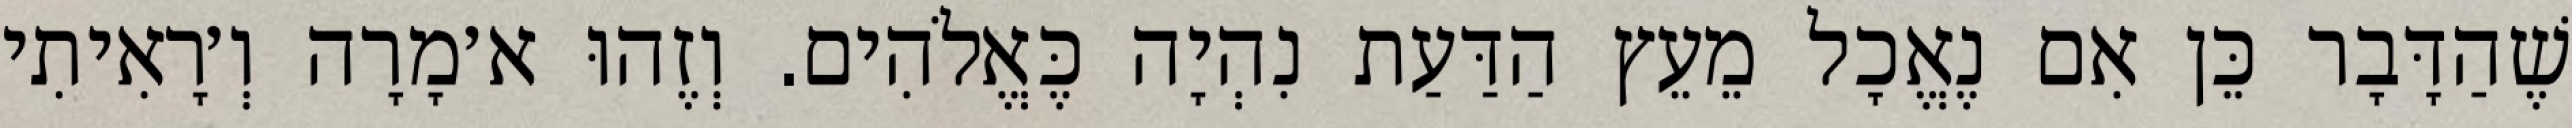
שֶׁהַדָּבָר כֵּן אִם נֶאֱכָל מֵעֵץ הַדַּעַת נִהְיָה כֶּאֱלֹהִים. וְזֶהוּ א׳מָרָה וְ׳רָאִיתִי